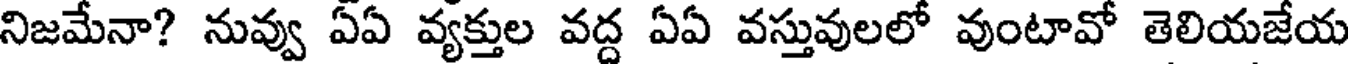
నిజమేనా? నువ్వు ఏఏ వ్యక్తుల వద్ద ఏఏ వస్తువులలో వుంటావో తెలియజేయ